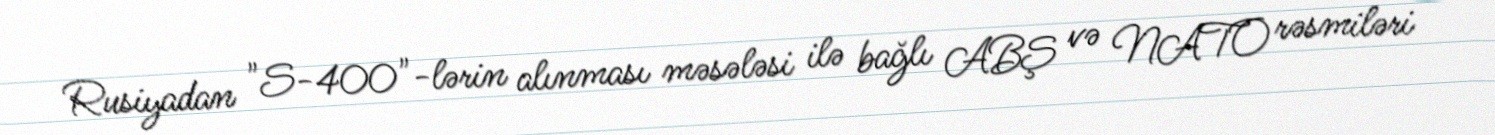
Rusiyadan "S-400"-lərin alınması məsələsi ilə bağlı ABŞ və NATO rəsmiləri